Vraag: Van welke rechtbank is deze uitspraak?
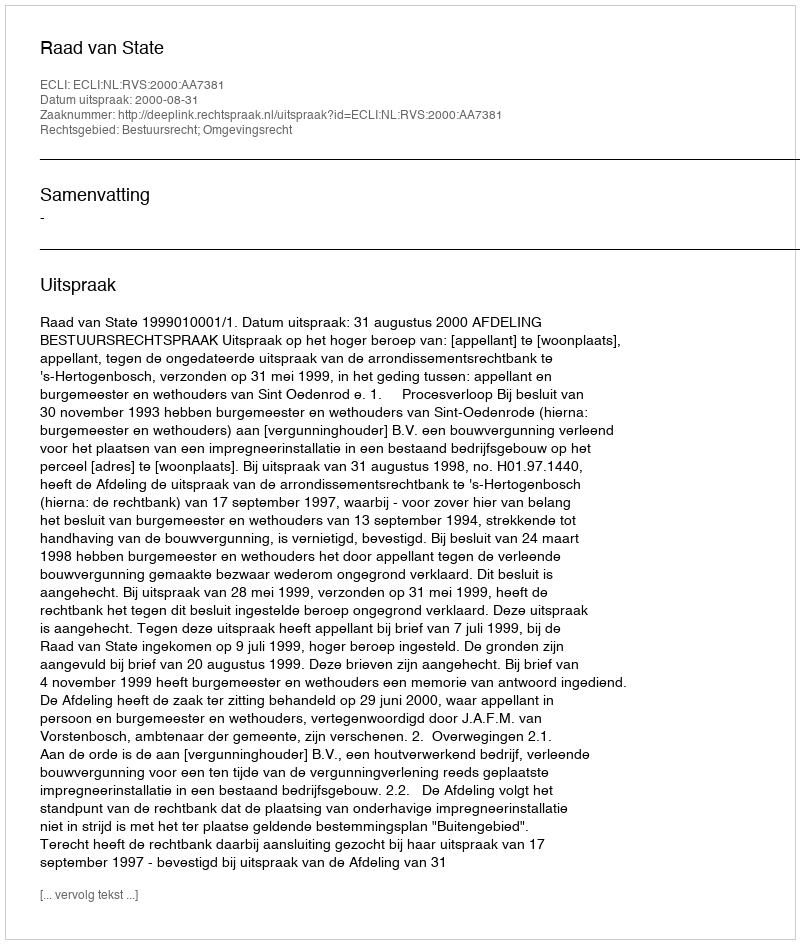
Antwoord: Raad van State